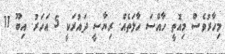
މިހާރުވެސް މިއޮތީ ހާއްސަ ހާލަތެއް. ރިޔާސީ ދައުރަކީ 5 އަހަރު. އިބޫ 11